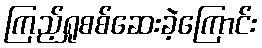
ကြည့်ရှုစစ်ဆေးခဲ့ကြောင်း